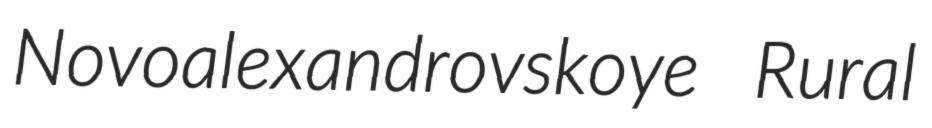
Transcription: Novoalexandrovskoye Rural